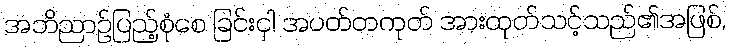
အဘိညာဉ်ပြည့်စုံစေ ခြင်းငှါ အပတ်တကုတ် အားထုတ်သင့်သည်၏အဖြစ်,